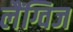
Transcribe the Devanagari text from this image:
लैंग्विज